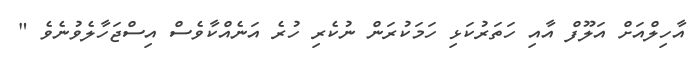
އާހިލްއަށް އަލޫފް އާއި ހަތަރުކަޅި ހަމަކުރަން ނުކެރި ހުރެ އަނެއްކާވެސް އިސްޖަހާލެވުނެވެ "